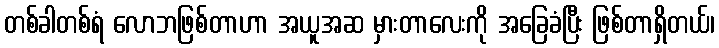
တစ်ခါတစ်ရံ လောဘဖြစ်တာဟာ အယူအဆ မှားတာလေးကို အခြေခံပြီး ဖြစ်တာရှိတယ်၊